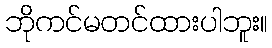
ဘိုကင်မတင်ထားပါဘူး။